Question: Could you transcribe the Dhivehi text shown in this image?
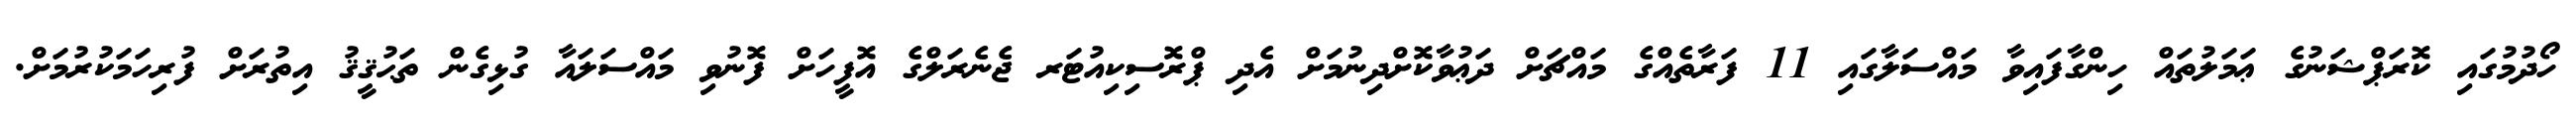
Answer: ހޯދުމުގައި ކޮރަޕްޝަނުގެ ޢަމަލުތައް ހިންގާފައިވާ މައްސަލާގައި 11 ފަރާތެއްގެ މައްޗަށް ދަޢުވާކޮށްދިނުމަށް އެދި ޕްރޮސިކިއުޓަރ ޖެނެރަލްގެ އޮފީހަށް ފޮނުވި މައްސަލައާ ގުޅިގެން ތަޙުޤީޤު އިތުރަށް ފުރިހަމަކުރުމަށް.